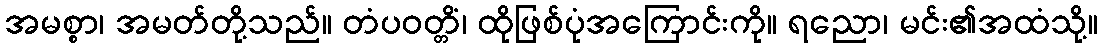
အမစ္စာ၊ အမတ်တို့သည်။ တံပဝတ္တိံ၊ ထိုဖြစ်ပုံအကြောင်းကို။ ရညော၊ မင်း၏အထံသို့။